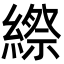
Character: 縩